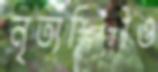
নৃত্যশিল্পীও